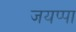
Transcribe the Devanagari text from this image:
जयप्पा